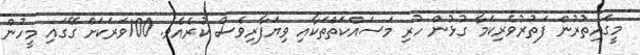
މީގެއިތުރުން ފަތުރުވެރިކަމާ ގުޅުން ހުރި މަސައްކަތްތަކާއި ވިޔަފާރިވެސް ކުރެއެވެ. 100ވަރަކަށް ގޭގައި މީހުން